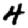
Digit: 4